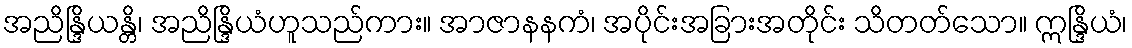
အညိန္ဒြိယန္တိ၊ အညိန္ဒြိယံဟူသည်ကား။ အာဇာနနကံ၊ အပိုင်းအခြားအတိုင်း သိတတ်သော။ ဣန္ဒြိယံ၊